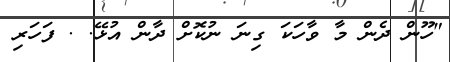
"ހޫން ދެން މާ ވާހަކަ ގިނަ ނުކޮށް ދާން އުޅޭ. . ފަހަރި